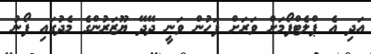
އަދި އެ ޕްލެޓްފޯމަށް ވަރަށް ފަހުން ވަނީ ދޭދޭ ޔޫޒަރުންގެ މެދުގައި ފޯނު